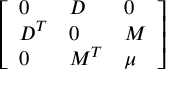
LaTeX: \left[ \begin{array} { l l l } { { 0 } } & { { D } } & { { 0 } } \\ { { D ^ { T } } } & { { 0 } } & { { M } } \\ { { 0 } } & { { M ^ { T } } } & { { \mu } } \end{array} \right]